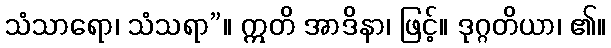
သံသာရော၊ သံသရာ”။ ဣတိ အာဒိနာ၊ ဖြင့်။ ဒုဂ္ဂတိယာ၊ ၏။